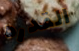
القدره